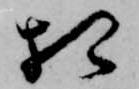
相